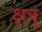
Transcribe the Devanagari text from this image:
क्षत्रु